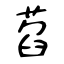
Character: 萏